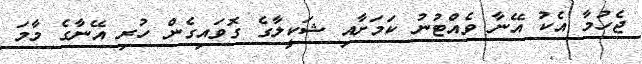
ޖެހުމާ އެކު އޭނާ ވެއްޓުނު ކަމަށާއި ޝަކީލާގެ ގޮވައިގެން ހުރި އޭނާގެ މާމަ